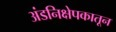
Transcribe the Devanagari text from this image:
अंडनिक्षेपकातून